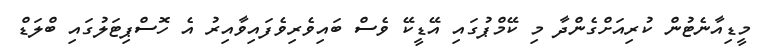
މީޑިއާނެޓުން ކުރިއަށްގެންދާ މި ކޭމްޕުގައި އޭޑީކޭ ވެސް ބައިވެރިވެފައިވާއިރު އެ ހޮސްޕިޓަލުގައި ބްލަޑް